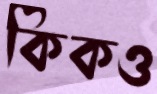
কিকও